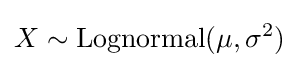
X\sim \operatorname {Lognormal} (\mu ,\sigma ^{2})